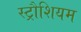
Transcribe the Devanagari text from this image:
स्ट्रौशियम